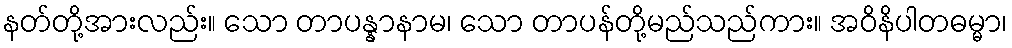
နတ်တို့အားလည်း။ သော တာပန္နာနာမ၊ သော တာပန်တို့မည်သည်ကား။ အဝိနိပါတဓမ္မာ၊